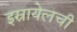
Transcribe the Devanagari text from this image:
इस्रायेलची